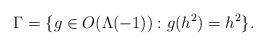
\begin{align*}\Gamma = \{g \in O(\Lambda(-1)) : g(h^2) = h^2\}.\end{align*}